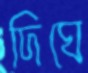
দিঘে